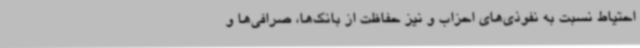
احتیاط نسبت به نفوذی‌های احزاب و نیز حفاظت از بانک‌ها، صرافی‌ها و